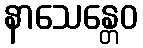
နာသေန္တေဝ